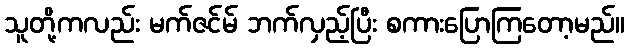
သူတို့ကလည်း မက်ဇင်မ် ဘက်လှည့်ပြီး စကားပြောကြတော့မည်။